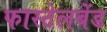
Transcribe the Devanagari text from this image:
फास्टेलबेंड